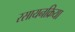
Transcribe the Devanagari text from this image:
रसायनक्रिया